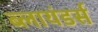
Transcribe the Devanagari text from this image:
ब्लायंडर्स